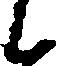
候